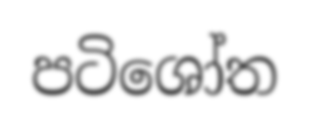
පටිශෝත